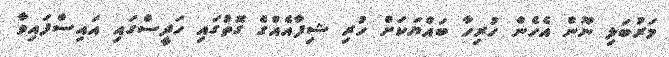
މަރުބަލި ނޫން އެހެން ހުރިހާ ބައްޔަކަށް ހުރި ޝިފާއެއްގެ ގޮތުގައި ހަދީސްގައި އައިސްފައިވާ